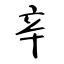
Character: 辛